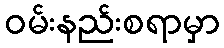
ဝမ်းနည်းစရာမှာ